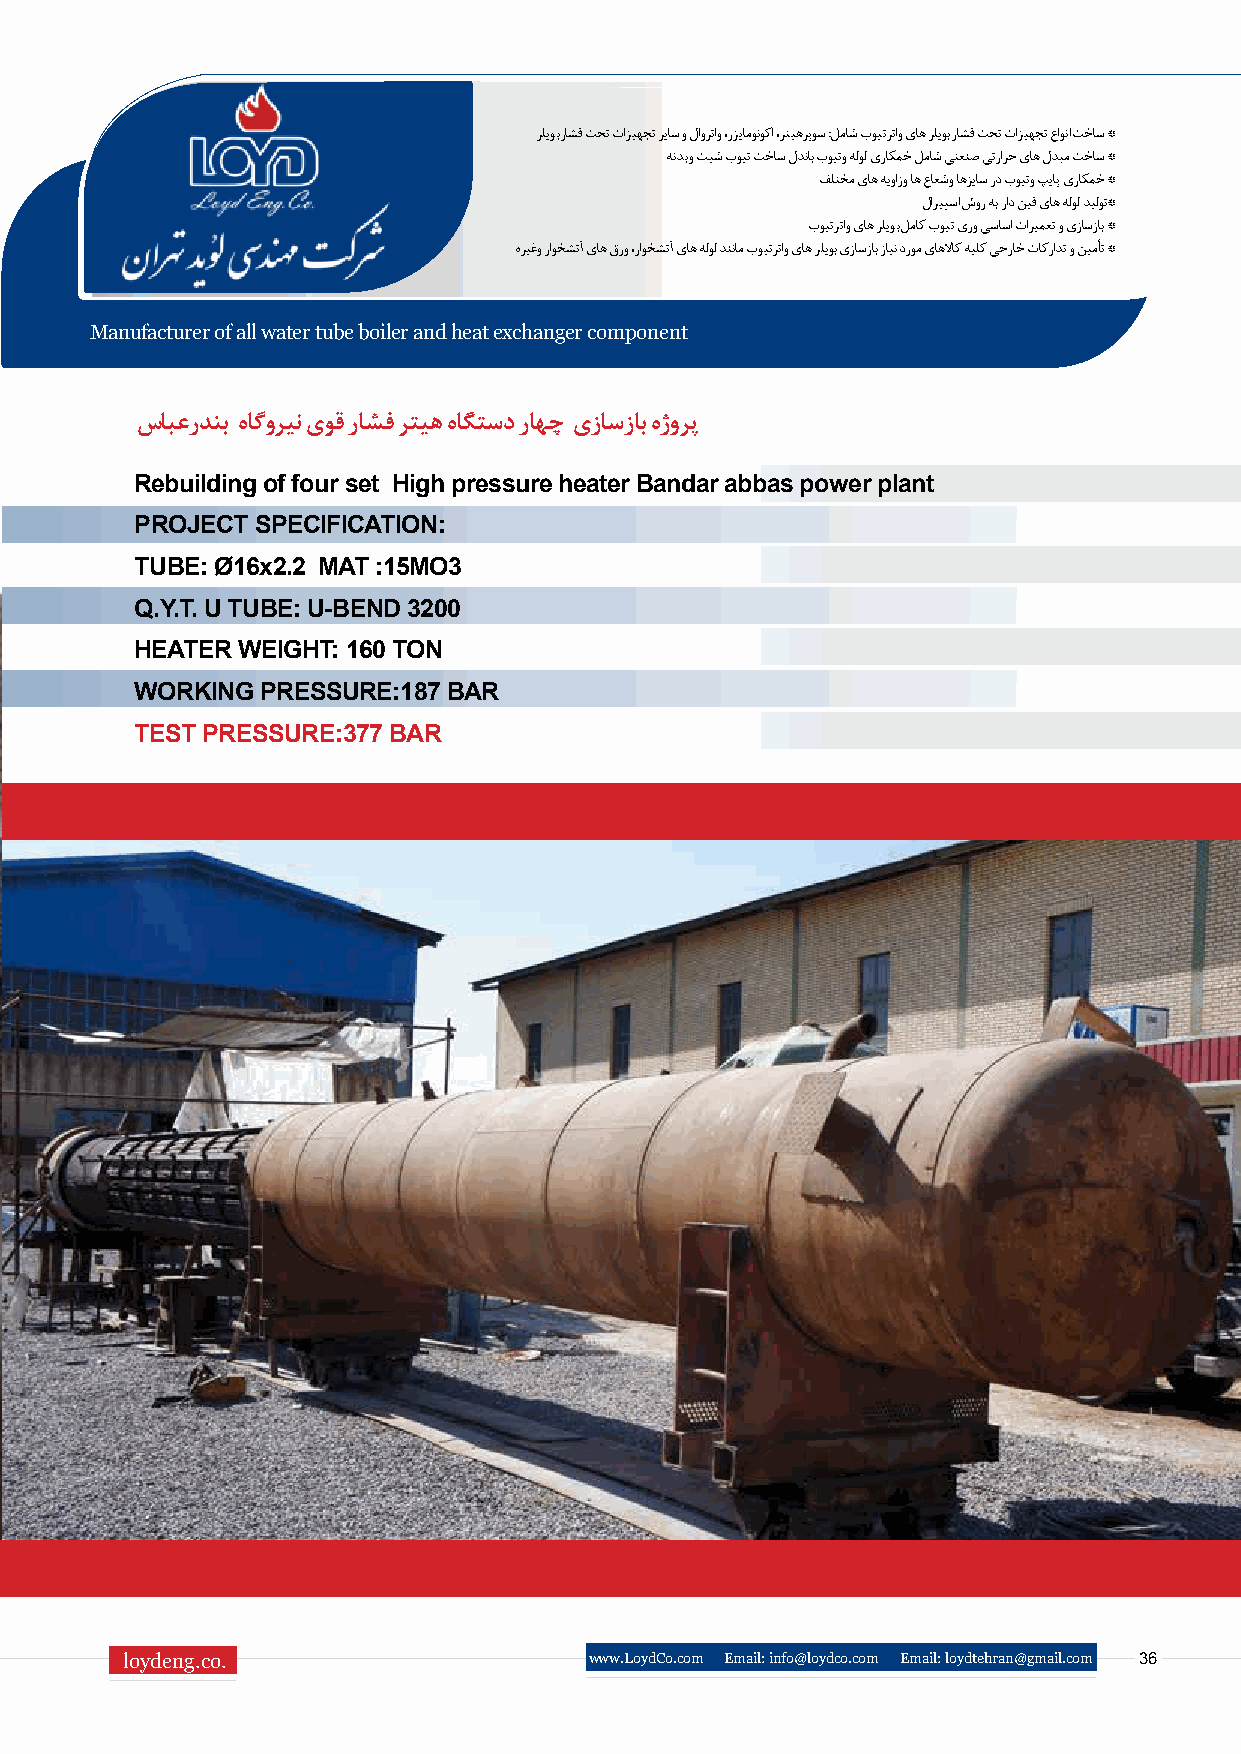
رلیوب راشف تحت تازیهجت ریاس و لاورتاو ،رزیامونوکا ،رتیهرپوس :لماش بویترتاو یاه رلیوب راشف تحت تازیهجت عاونا تخاس *
 هندب و تیش بویت تخاس لدناب بویتو هلول یراکمخ لماش یتعنص یترارح یاه لدبم تخاس *
 فلتخم یاه هیوازو اه عاعشو اهزیاس رد بویتو پیاپ یراکمخ *
 لاریپسا شور هب راد نیف یاه هلول دیلوت*
 بویترتاو یاه رلیوب لماک بویت یرو یساسا تاریمعت و یزاسزاب *
 هریغو راوخشتآ یاه قرو ،راوخشتآ یاه هلول دننام بویترتاو یاه رلیوب یزاسزاب زاین دروم یاهلااک هیلک یجراخ تاکرادت و نیمأت *
 Manufacturer of all water tube boiler and heat exchanger component
 سابعردنب هاگورین یوق راشف رتیه هاگتسد راهچ یزاسزاب هژورپ
 Rebuilding of four set High pressure heater Bandar abbas power plant
 PROJECT SPECIFICATION:
 TUBE: Ø16x2.2 MAT :15MO3
 Q.Y.T. U TUBE: U-BEND 3200
 HEATER WEIGHT: 160 TON
 WORKING PRESSURE:187 BAR
 TEST PRESSURE:377 BAR
 loydeng.co.                    www.LoydCo.com Email: info@loydco.com Email: loydtehran@gmail.com 36